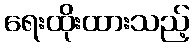
ရေးထိုးထားသည့်